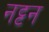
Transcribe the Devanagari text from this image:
नट्टन